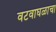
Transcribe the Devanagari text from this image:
वटवाघळाचा